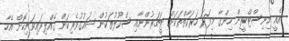
އެއީ މިނިސްޓްރީން ހިންގާ މިފަދަ ހަރަކާތްތަކަށް ޓީޗަރުންނާއި ސްކޫލުތަކުން ޝައުގުވެރިކަން ގެއްލިފައިވަނިކޮށް އެހާ